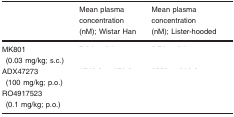
<table><thead><tr><td>[EMPTY_CELL]</td><td><b>Mean plasma concentration (nM); Wistar Han</b></td><td><b>Mean plasma concentration (nM); Lister‐hooded</b></td></tr></thead><tbody><tr><td>MK801 (0.03 mg/kg; s.c.)</td><td>[EMPTY_CELL]</td><td>[EMPTY_CELL]</td></tr><tr><td>ADX47273 (100 mg/kg; p.o.)</td><td>[EMPTY_CELL]</td><td>[EMPTY_CELL]</td></tr><tr><td>RO4917523 (0.1 mg/kg; p.o.)</td><td>[EMPTY_CELL]</td><td>[EMPTY_CELL]</td></tr></tbody></table>